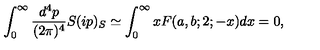
\int _ { 0 } ^ { \infty } \frac { d ^ { 4 } p } { ( 2 \pi ) ^ { 4 } } S ( i p ) _ { S } \simeq \int _ { 0 } ^ { \infty } x F ( a , b ; 2 ; - x ) d x = 0 ,